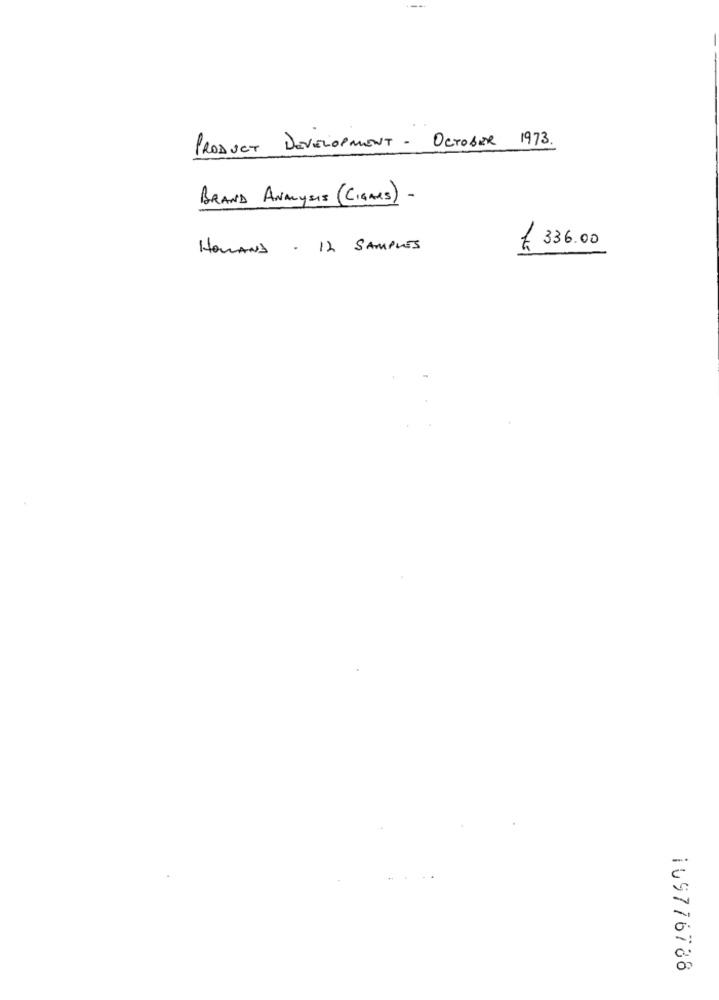
PRODUCT DEVELOPMENT - OCTOBER 1973.
BRAND ANALYSIS (CIGARS) -
336.00
HOLAND . 12 SAMPLES
109776788